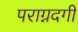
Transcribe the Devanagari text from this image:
पराग्नदगी